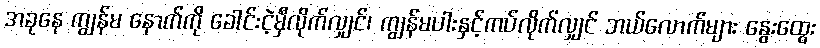
အခုနေ ကျွန်မ နောက်ကို ခေါင်းငဲ့မှီလိုက်လျှင်၊ ကျွန်မပါးနှင့်ကပ်လိုက်လျှင် ဘယ်လောက်များ နွေးထွေး